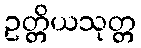
ဥတ္တိယသုတ္တ